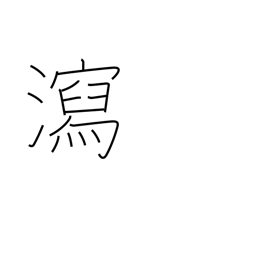
Meaning: evacuation